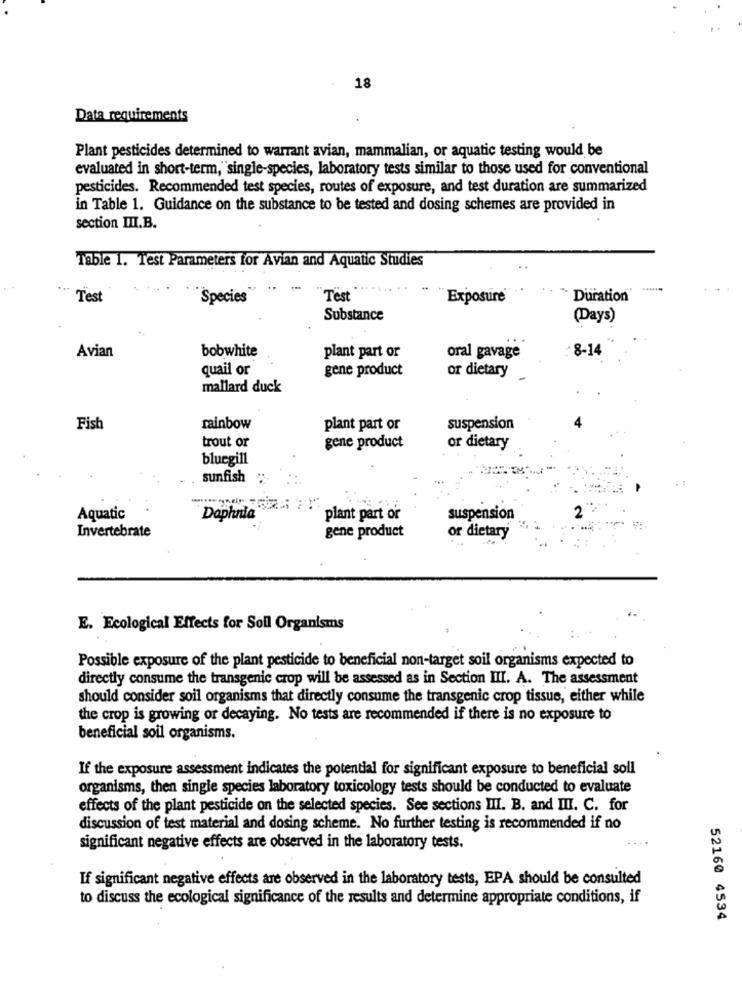
18
Data requirements
Plant pesticides determined to warrant avian, mammalian, or aquatic testing would be
evaluated in short-term," single-species, laboratory tests similar to those used for conventional
pesticides. Recommended test species, routes of exposure, and test duration are summarized
in Table 1. Guidance on the substance to be tested and dosing schemes are provided in
section III.B.
Table 1. Test Parameters for Avian and Aquatic Studies
Test
"Species
Test
Exposure
Duration'
Substance
(Days)
8-14
Avian
bobwhite
plant part or
oral gavage
quail or
gene product
or dietary
mallard duck
Fish
rainbow
plant part or
suspension
trout or
gene product
or dietary
bluegill
sunfish "
2
Aquatic
Daphnia"
plant part or
suspension
Invertebrate
gene product
or dietary
E. Ecological Effects for Soll Organisms
Possible exposure of the plant pesticide to beneficial non-target soil organisms expected to
directly consume the transgenic crop will be assessed as in Section IIII. A. The assessment
should consider soil organisms that directly consume the transgenic crop tissue, either while
the crop is growing or decaying. No tests are recommended if there is no exposure to
beneficial soil organisms.
If the exposure assessment indicates the potential for significant exposure to beneficial soll
organisms, then single species laboratory toxicology tests should be conducted to evaluate
effects of the plant pesticide on the selected species. See sections III. B. and III. C. for
discussion of test material and dosing scheme. No further testing is recommended if no
significant negative effects are observed in the laboratory tests.
If significant negative effects are observed in the laboratory tests, EPA should be consulted
to discuss the ecological significance of the results and determine appropriate conditions, if
52160 4534